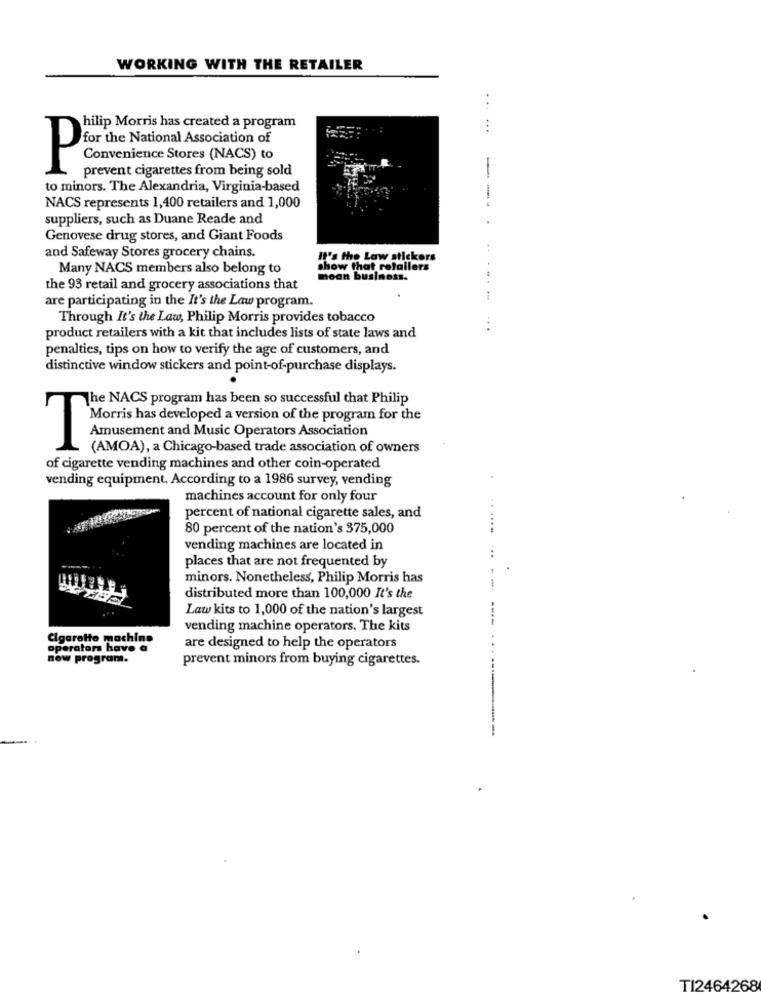
WORKING WITH THE RETAILER
...
hilip Morris has created a program
...
for the National Association of
Convenience Stores (NACS) to
P
prevent cigarettes from being sold
-
to minors. The Alexandria, Virginia-based
NACS represents 1,400 retailers and 1,000
suppliers, such as Duane Reade and
Genovese drug stores, and Giant Foods
and Safeway Stores grocery chains.
It's the Law stickers
Many NACS members also belong to
show that retailers
mean business.
the 93 retail and grocery associations that
are participating in the It's the Law program.
Through It's the Law, Philip Morris provides tobacco
...
product retailers with a kit that includes lists of state laws and
penalties, tips on how to verify the age of customers, and
distinctive window stickers and point-of-purchase displays.
The NACS program has been so successful that Philip
Morris has developed a version of the program for the
Amusement and Music Operators Association
T
(AMOA), a Chicago-based trade association of owners
of cigarette vending machines and other coin-operated
vending equipment. According to a 1986 survey, vending
machines account for only four
percent of national cigarette sales, and
80 percent of the nation's 375,000
......
vending machines are located in
places that are not frequented by
...
minors. Nonetheless, Philip Morris has
distributed more than 100,000 It's the
Law kits to 1,000 of the nation's largest
vending machine operators. The kits
Cigarette machine
operators have a
are designed to help the operators
now program.
prevent minors from buying cigarettes.
.....
TI2464268